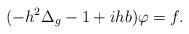
LaTeX: \begin{align*} (- h^2 \Delta_g -1 + i h b) \varphi =f. \end{align*}